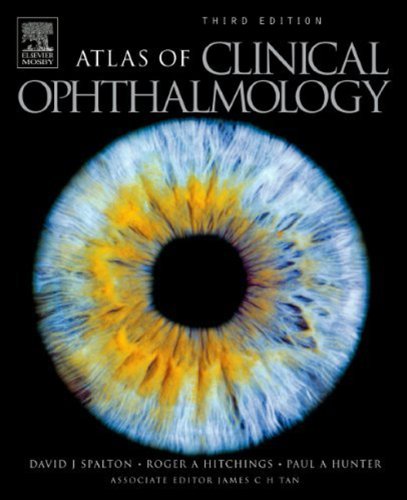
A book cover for Atlas Of Clinical Ophthalmology, Third Edition; David J. Spalton FRCS  FRCP  FRCOphth; Medical Books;